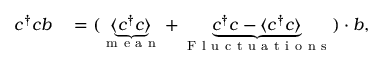
\begin{array} { r l } { c ^ { \dagger } c b } & { { } = ( \underbrace { \langle c ^ { \dagger } c \rangle } _ { \mathrm { ~ m ~ e ~ a ~ n ~ } } + \underbrace { c ^ { \dagger } c - \langle c ^ { \dagger } c \rangle } _ { \mathrm { ~ F ~ l ~ u ~ c ~ t ~ u ~ a ~ t ~ i ~ o ~ n ~ s ~ } } ) \cdot b , } \end{array}